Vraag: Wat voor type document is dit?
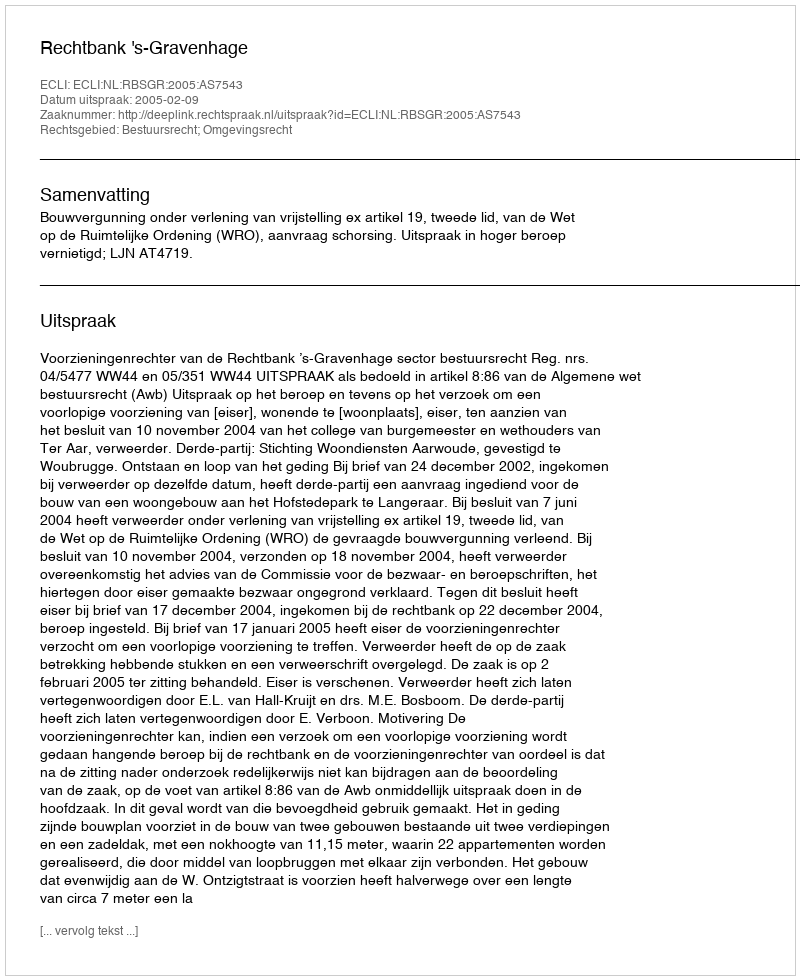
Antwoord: Uitspraak